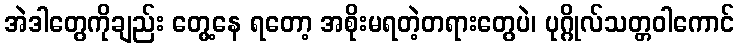
အဲဒါတွေကိုချည်း တွေ့နေ ရတော့ အစိုးမရတဲ့တရားတွေပဲ၊ ပုဂ္ဂိုလ်သတ္တဝါကောင်